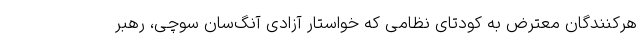
هرکنندگان معترض به کودتای نظامی که خواستار آزادی آنگ‌سان سوچی، رهبر